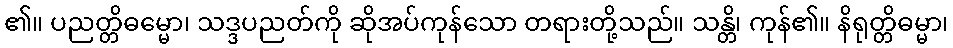
၏။ ပညတ္တိဓမ္မော၊ သဒ္ဒပညတ်ကို ဆိုအပ်ကုန်သော တရားတို့သည်။ သန္တိ၊ ကုန်၏။ နိရုတ္တိဓမ္မာ၊